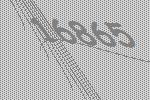
16865